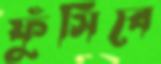
ফুঁসিবে